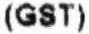
(GST)